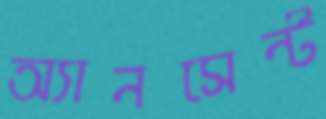
অ্যানসেন্ট